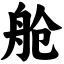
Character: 舱